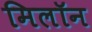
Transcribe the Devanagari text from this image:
मिलॉन